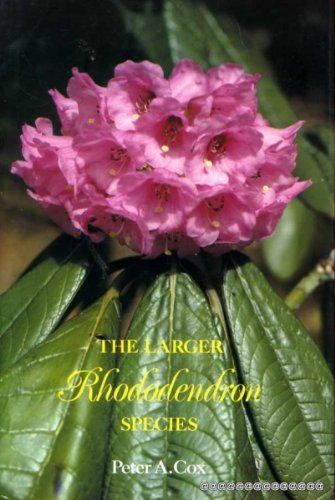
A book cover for Larger Rhododendrons; Peter A. Cox; Crafts, Hobbies & Home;